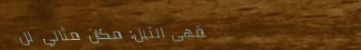
مقهى النيل: مكان مثالي لل